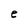
Character: e